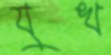
যুখ